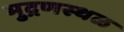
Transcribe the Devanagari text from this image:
मुद्रणस्थळ